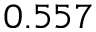
0 . 5 5 7